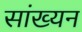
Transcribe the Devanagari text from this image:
सांख्यन